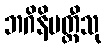
ဘဂိနိမတ္တီသု